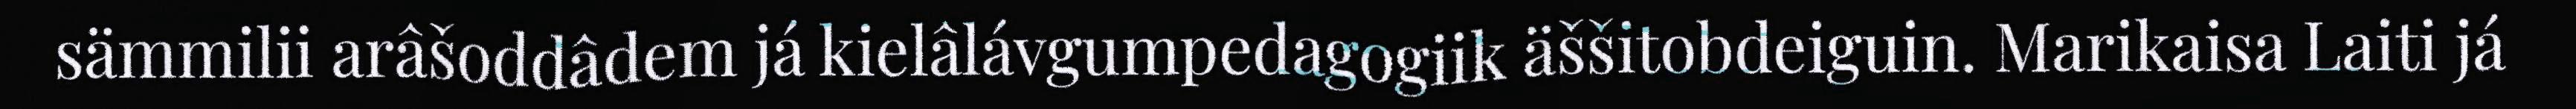
sämmilii arâšoddâdem já kielâlávgumpedagogiik äššitobdeiguin. Marikaisa Laiti já